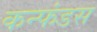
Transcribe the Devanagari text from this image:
कन्फंडस